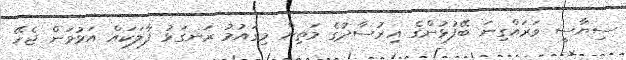
ސިޔާސީ ވަރައްގިނަ ބޭފުޅުންގެ އިރުސާދުގެ މަތިން މިގައުމު ރަނގަޅު ފާލަކައް އަޅުވަން ޖެހޭ